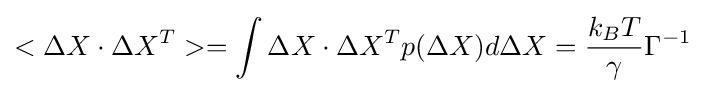
<\Delta X\cdot \Delta X^{T}>=\int \Delta X\cdot \Delta X^{T}p(\Delta X)d\Delta X={\frac {k_{B}T}{\gamma }}\Gamma ^{-1}